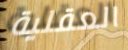
العقلية